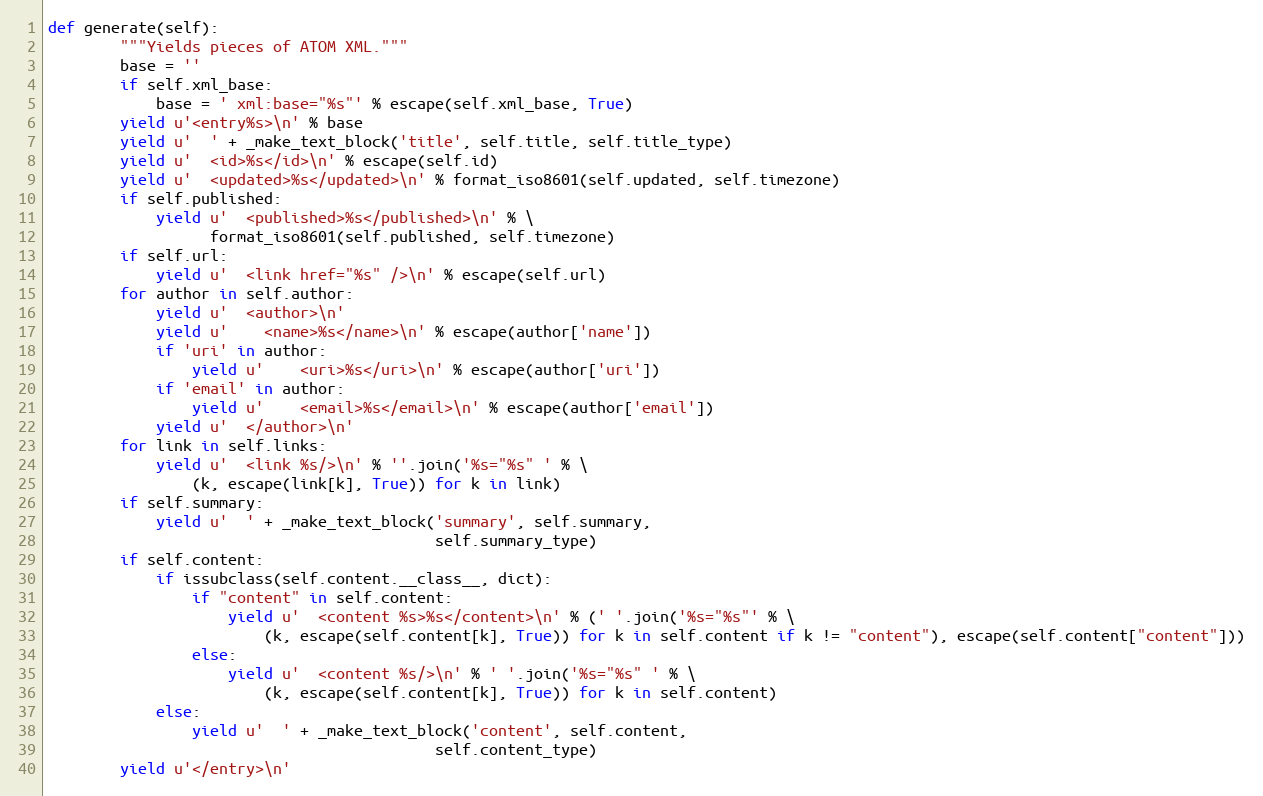
Language: Python
def generate(self):
        """Yields pieces of ATOM XML."""
        base = ''
        if self.xml_base:
            base = ' xml:base="%s"' % escape(self.xml_base, True)
        yield u'<entry%s>\n' % base
        yield u'  ' + _make_text_block('title', self.title, self.title_type)
        yield u'  <id>%s</id>\n' % escape(self.id)
        yield u'  <updated>%s</updated>\n' % format_iso8601(self.updated, self.timezone)
        if self.published:
            yield u'  <published>%s</published>\n' % \
                  format_iso8601(self.published, self.timezone)
        if self.url:
            yield u'  <link href="%s" />\n' % escape(self.url)
        for author in self.author:
            yield u'  <author>\n'
            yield u'    <name>%s</name>\n' % escape(author['name'])
            if 'uri' in author:
                yield u'    <uri>%s</uri>\n' % escape(author['uri'])
            if 'email' in author:
                yield u'    <email>%s</email>\n' % escape(author['email'])
            yield u'  </author>\n'
        for link in self.links:
            yield u'  <link %s/>\n' % ''.join('%s="%s" ' % \
                (k, escape(link[k], True)) for k in link)
        if self.summary:
            yield u'  ' + _make_text_block('summary', self.summary,
                                           self.summary_type)
        if self.content:
            if issubclass(self.content.__class__, dict):
                if "content" in self.content:
                    yield u'  <content %s>%s</content>\n' % (' '.join('%s="%s"' % \
                        (k, escape(self.content[k], True)) for k in self.content if k != "content"), escape(self.content["content"]))
                else:
                    yield u'  <content %s/>\n' % ' '.join('%s="%s" ' % \
                        (k, escape(self.content[k], True)) for k in self.content)
            else:
                yield u'  ' + _make_text_block('content', self.content,
                                           self.content_type)
        yield u'</entry>\n'